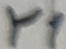
Text: Y1